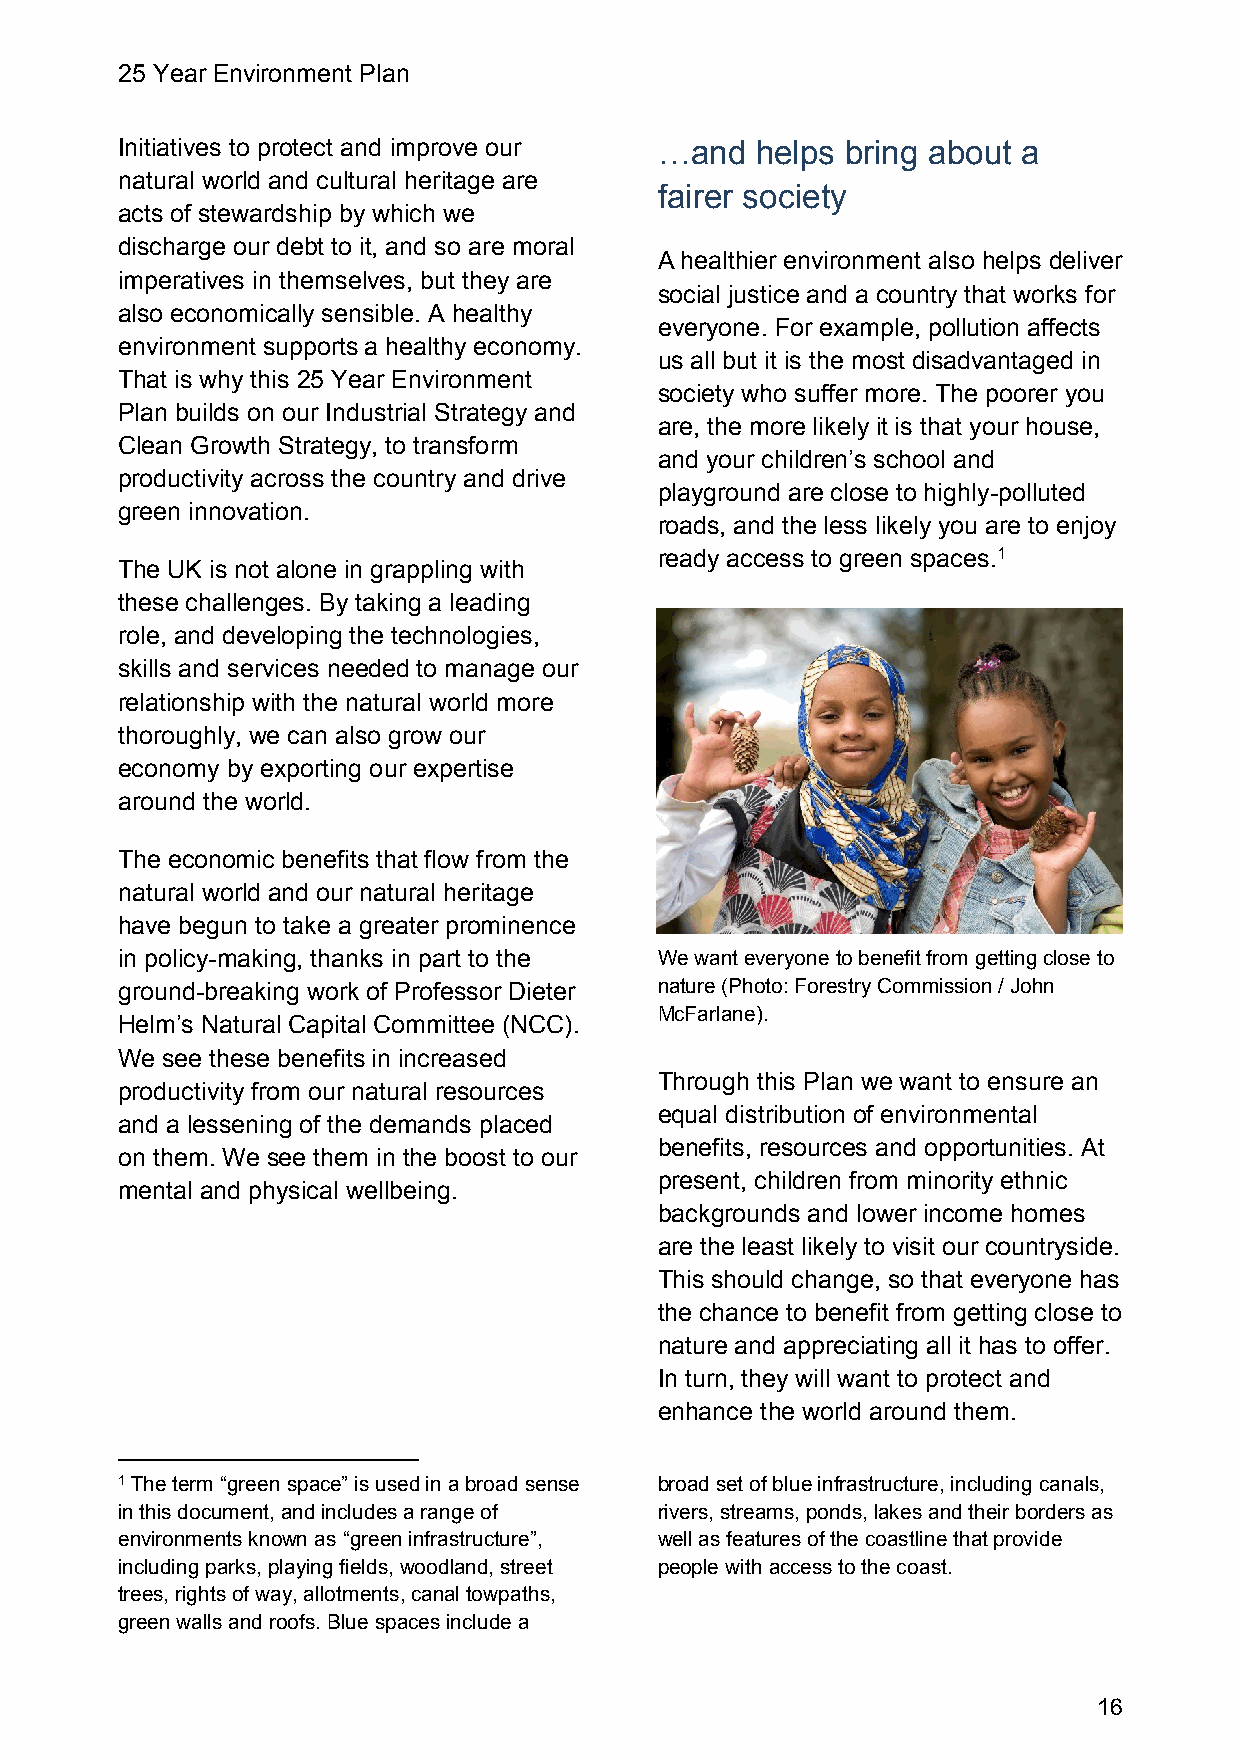
25 Year Environment Plan
 Initiatives to protect and improve our …and helps bring about a
 natural world and cultural heritage are
 fairer society
 acts of stewardship by which we
 discharge our debt to it, and so are moral
 A healthier environment also helps deliver
 imperatives in themselves, but they are
 social justice and a country that works for
 also economically sensible. A healthy
 everyone. For example, pollution affects
 environment supports a healthy economy.
 us all but it is the most disadvantaged in
 That is why this 25 Year Environment
 society who suffer more. The poorer you
 Plan builds on our Industrial Strategy and
 are, the more likely it is that your house,
 Clean Growth Strategy, to transform
 and your children’s school and
 productivity across the country and drive
 playground are close to highly-polluted
 green innovation.
 roads, and the less likely you are to enjoy
 ready access to green spaces.1
 The UK is not alone in grappling with
 these challenges. By taking a leading
 role, and developing the technologies,
 skills and services needed to manage our
 relationship with the natural world more
 thoroughly, we can also grow our
 economy by exporting our expertise
 around the world.
 The economic benefits that flow from the
 natural world and our natural heritage
 have begun to take a greater prominence
 in policy-making, thanks in part to the We want everyone to benefit from getting close to
 ground-breaking work of Professor Dieter nature (Photo: Forestry Commission / John
 McFarlane).
 Helm’s Natural Capital Committee (NCC).
 We see these benefits in increased
 Through this Plan we want to ensure an
 productivity from our natural resources
 equal distribution of environmental
 and a lessening of the demands placed
 benefits, resources and opportunities. At
 on them. We see them in the boost to our
 present, children from minority ethnic
 mental and physical wellbeing.
 backgrounds and lower income homes
 are the least likely to visit our countryside.
 This should change, so that everyone has
 the chance to benefit from getting close to
 nature and appreciating all it has to offer.
 In turn, they will want to protect and
 enhance the world around them.
 1 The term “green space” is used in a broad sense broad set of blue infrastructure, including canals,
 in this document, and includes a range of rivers, streams, ponds, lakes and their borders as
 environments known as “green infrastructure”, well as features of the coastline that provide
 including parks, playing fields, woodland, street people with access to the coast.
 trees, rights of way, allotments, canal towpaths,
 green walls and roofs. Blue spaces include a
 16